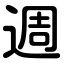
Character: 週